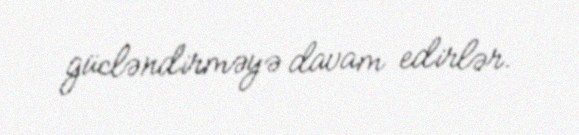
gücləndirməyə davam edirlər.